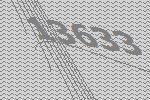
13633